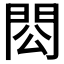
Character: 𨳗